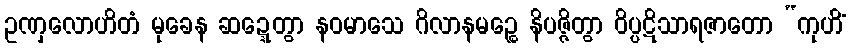
ဥဏှလောဟိတံ မုခေန ဆဍ္ဍေတွာ နဝမာသေ ဂိလာနမဉ္စေ နိပဇ္ဇိတွာ ဝိပ္ပဋိသာရဇာတော “ကုဟိံ